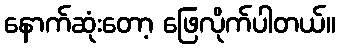
နောက်ဆုံးတော့ ဖြေလိုက်ပါတယ်။